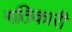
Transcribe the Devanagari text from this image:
गतिकारी